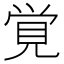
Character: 覚